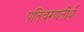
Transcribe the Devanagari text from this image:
पतिचरणतीर्थ